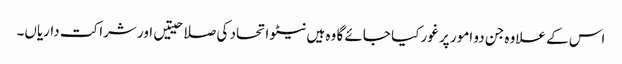
اس کے علاوہ جن دو امور پر غور کیا جائے گا وہ ہیں نیٹو اتحاد کی صلاحیتیں اور شراکت داریاں۔